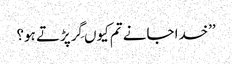
’’خدا جانے تم کیوں گِرپڑتے ہو؟